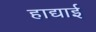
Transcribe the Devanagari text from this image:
हाद्याई